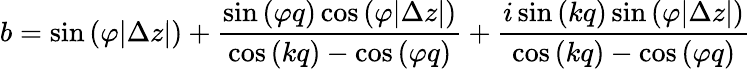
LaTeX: b=\sin{(\varphi|\Delta z|)}+\frac{\sin{(\varphi q)}\cos{(\varphi|\Delta z|)}}{\cos{(kq)}-\cos{(\varphi q)}}+\frac{i\sin{(kq)}\sin{(\varphi|\Delta z|)}}{\cos{(kq)}-\cos{(\varphi q)}}